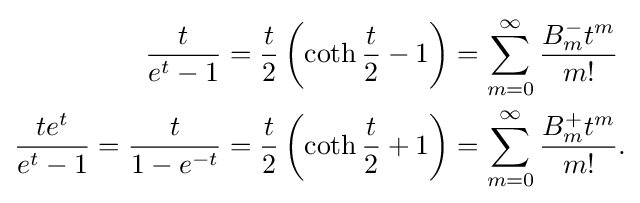
{\begin{alignedat}{3}{\frac {t}{e^{t}-1}}&={\frac {t}{2}}\left(\operatorname {coth} {\frac {t}{2}}-1\right)&&=\sum _{m=0}^{\infty }{\frac {B_{m}^{-{}}t^{m}}{m!}}\\{\frac {te^{t}}{e^{t}-1}}={\frac {t}{1-e^{-t}}}&={\frac {t}{2}}\left(\operatorname {coth} {\frac {t}{2}}+1\right)&&=\sum _{m=0}^{\infty }{\frac {B_{m}^{+}t^{m}}{m!}}.\end{alignedat}}